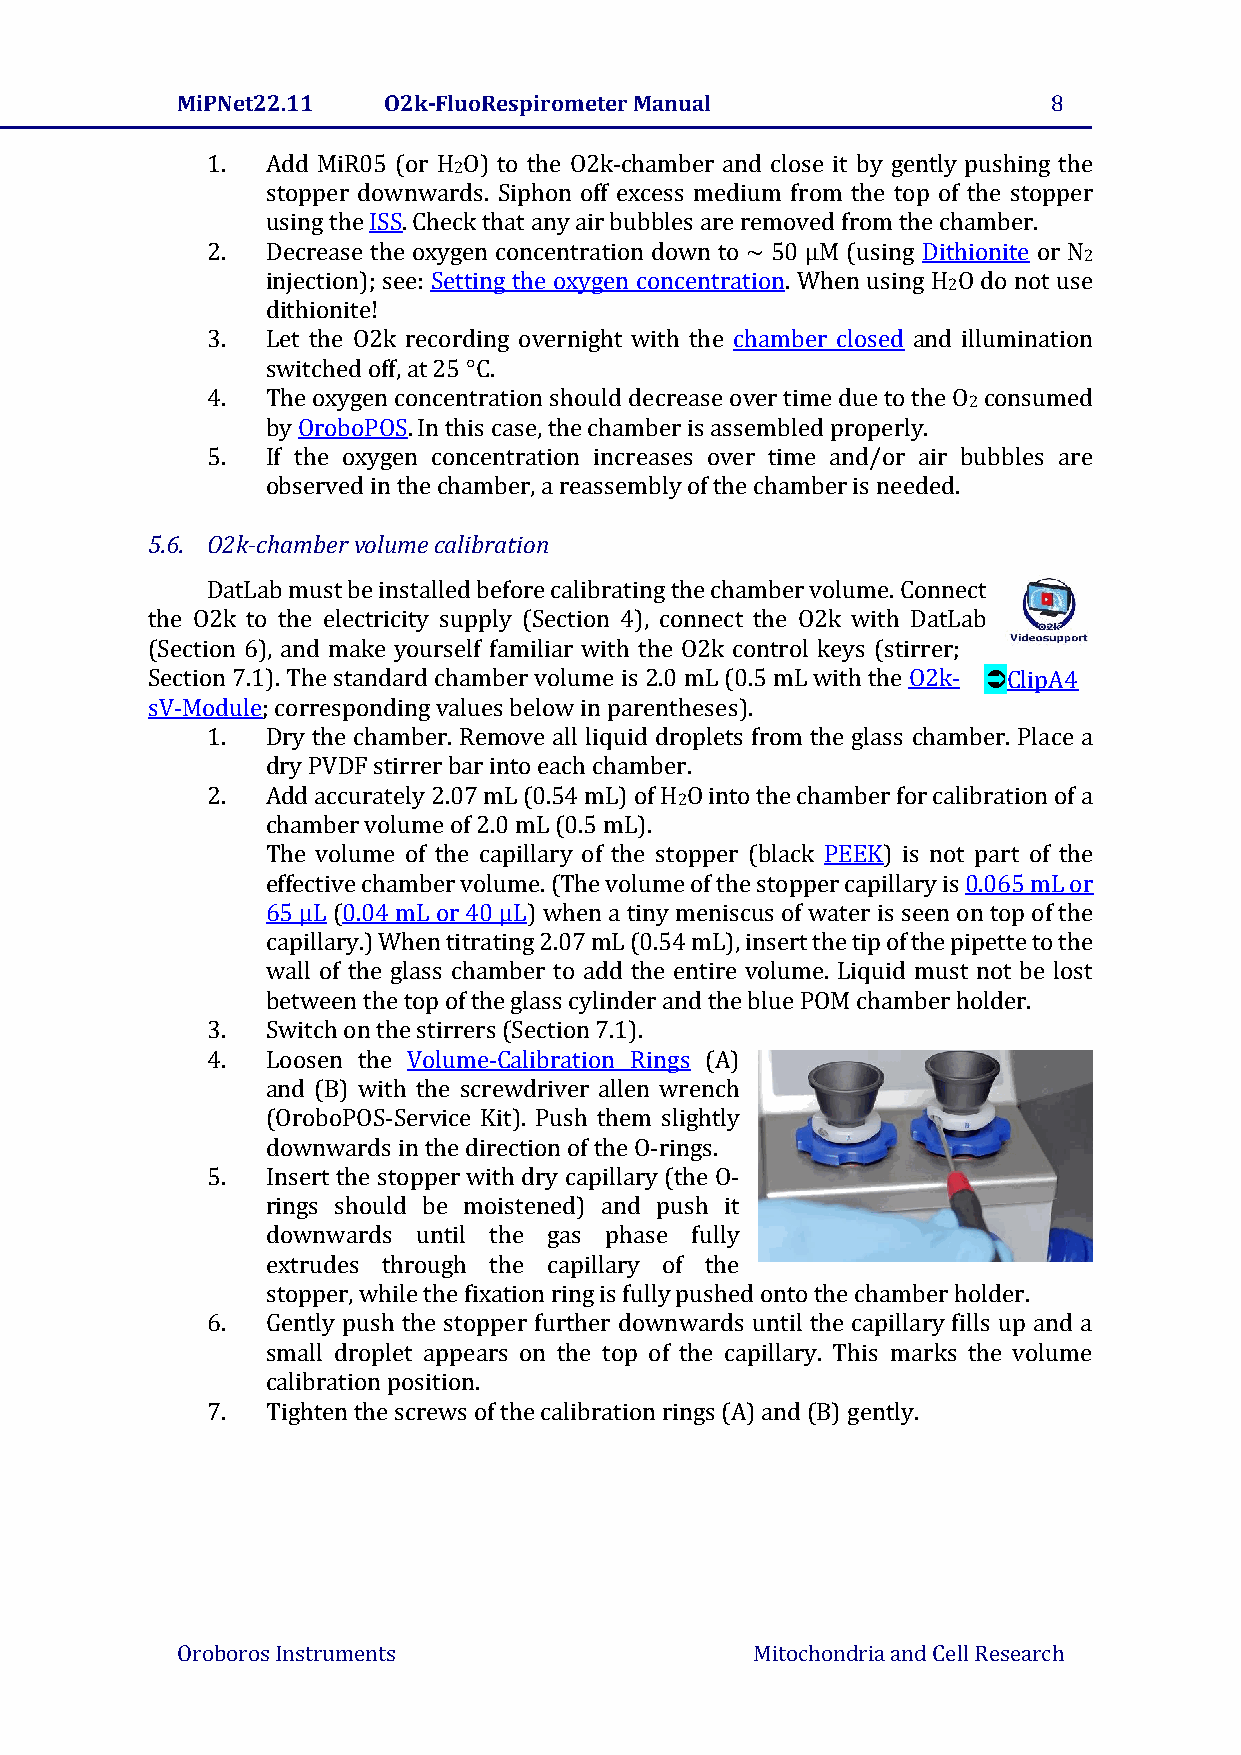
MiPNet22.11  O2k-FluoRespirometer Manual                  8
 1.  Add MiR05 (or H O) to the O2k-chamber and close it by gently pushing the
 2
 stopper downwards. Siphon off excess medium from the top of the stopper
 using the ISS. Check that any air bubbles are removed from the chamber.
 2.  Decrease the oxygen concentration down to ~ 50 μM (using Dithionite or N
 2
 injection); see: Setting the oxygen concentration. When using H O do not use
 2
 dithionite!
 3.  Let the O2k recording overnight with the chamber closed and illumination
 switched off, at 25 °C.
 4.  The oxygen concentration should decrease over time due to the O consumed
 2
 by OroboPOS. In this case, the chamber is assembled properly.
 5.  If the oxygen concentration increases over time and/or air bubbles are
 observed in the chamber, a reassembly of the chamber is needed.
 5.6. O2k-chamber volume calibration
 DatLab must be installed before calibrating the chamber volume. Connect
 the O2k to the electricity supply (Section 4), connect the O2k with DatLab
 (Section 6), and make yourself familiar with the O2k control keys (stirrer;
 Section 7.1). The standard chamber volume is 2.0 mL (0.5 mL with the O2k- ClipA4
 sV-Module; corresponding values below in parentheses).
 1.  Dry the chamber. Remove all liquid droplets from the glass chamber. Place a
 dry PVDF stirrer bar into each chamber.
 2.  Add accurately 2.07 mL (0.54 mL) of H O into the chamber for calibration of a
 2
 chamber volume of 2.0 mL (0.5 mL).
 The volume of the capillary of the stopper (black PEEK) is not part of the
 effective chamber volume. (The volume of the stopper capillary is 0.065 mL or
 65 µL (0.04 mL or 40 µL) when a tiny meniscus of water is seen on top of the
 capillary.) When titrating 2.07 mL (0.54 mL), insert the tip of the pipette to the
 wall of the glass chamber to add the entire volume. Liquid must not be lost
 between the top of the glass cylinder and the blue POM chamber holder.
 3.  Switch on the stirrers (Section 7.1).
 4.  Loosen the Volume-Calibration Rings (A)
 and (B) with the screwdriver allen wrench
 (OroboPOS-Service Kit). Push them slightly
 downwards in the direction of the O-rings.
 5.  Insert the stopper with dry capillary (the O-
 rings should be moistened) and push it
 downwards until the gas phase fully
 extrudes through the capillary of the
 stopper, while the fixation ring is fully pushed onto the chamber holder.
 6.  Gently push the stopper further downwards until the capillary fills up and a
 small droplet appears on the top of the capillary. This marks the volume
 calibration position.
 7.  Tighten the screws of the calibration rings (A) and (B) gently.
 Oroboros Instruments                  Mitochondria and Cell Research